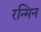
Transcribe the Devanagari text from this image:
रन्मिन